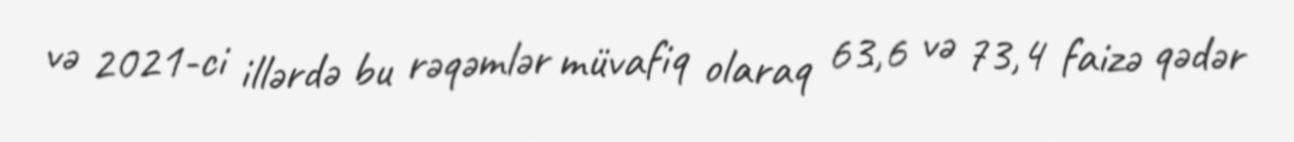
və 2021-ci illərdə bu rəqəmlər müvafiq olaraq 63,6 və 73,4 faizə qədər